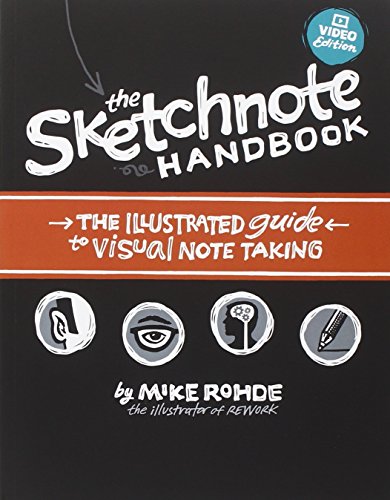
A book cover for The Sketchnote Handbook Video Edition: the illustrated guide to visual note taking; Mike Rohde; Computers & Technology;